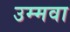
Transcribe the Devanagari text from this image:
उम्मवा